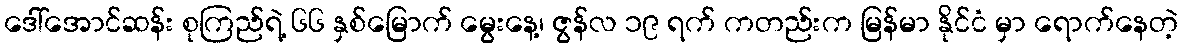
ဒေါ်အောင်ဆန်း စုကြည်ရဲ့ ၆၆ နှစ်မြောက် မွေးနေ့၊ ဇွန်လ ၁၉ ရက် ကတည်းက မြန်မာ နိုင်ငံ မှာ ရောက်နေတဲ့